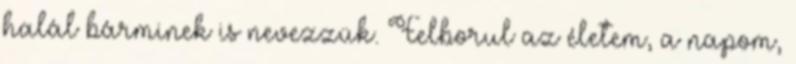
halál bárminek is nevezzük. Felborul az életem, a napom,